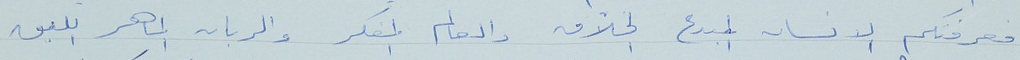
فعرفتكم الانسان المبدع الخلاق والعالم المفكر والربان الماهر اللبق